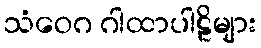
သံဝေဂ ဂါထာပါဠိများ